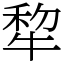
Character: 犂